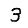
Digit: 3